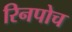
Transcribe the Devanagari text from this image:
रिनपोच